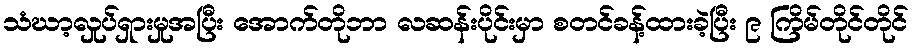
သံဃာ့လှုပ်ရှားမှုအပြီး အောက်တိုဘာ လဆန်းပိုင်းမှာ စတင်ခန့်ထားခဲ့ပြီး ၉ ကြိမ်တိုင်တိုင်